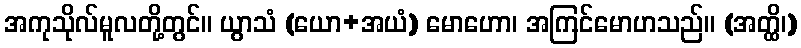
အကုသိုလ်မူလတို့တွင်။ ယွာသံ (ယော+အယံ) မောဟော၊ အကြင်မောဟသည်။ (အတ္ထိ၊)